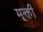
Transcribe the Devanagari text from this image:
मूक्ती